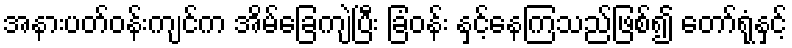
အနားပတ်ဝန်းကျင်က အိမ်ခြေကျဲပြီး ခြံဝန်း နှင့်နေကြသည်ဖြစ်၍ တော်ရုံနှင့်